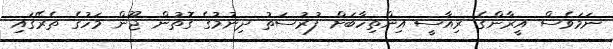
ނަމަވެސް އީރާންގެ ރިއާސީ އިންތިހާބަށް ފުރުސަތު ދިނުމުގެ ގޮތުން ޖޫން މަހުގެ ތެރޭގައި